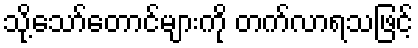
သို့သော်တောင်များကို တက်လာရသဖြင့်